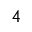
4